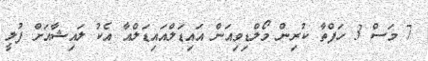
7 މަސް 3 ހަފްތާ ކުރިން މޯލްޑިވިއަން އައިޑަލްއައިޑަލްއާ އެކު ލައިޝާއަށް ފުލީ